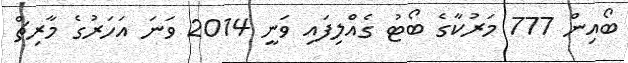
ބޯއިން 777 މަރުކާގެ ބޯޓު ގެއްލިފައި ވަނީ 2014 ވަނަ އަހަރުގެ މާރިޗް